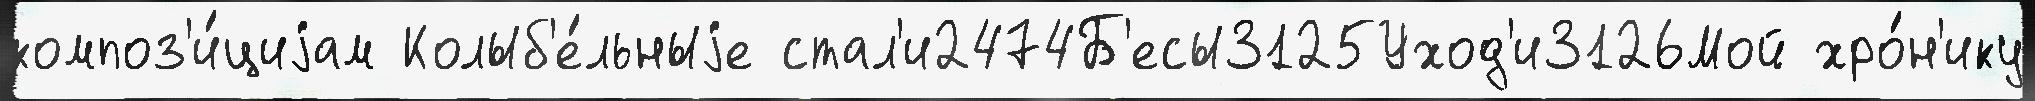
композ'и́циjам Колыб'е́льныjе стал'и2474Б'есы3125Уход'и3126Мой хро́н'ику